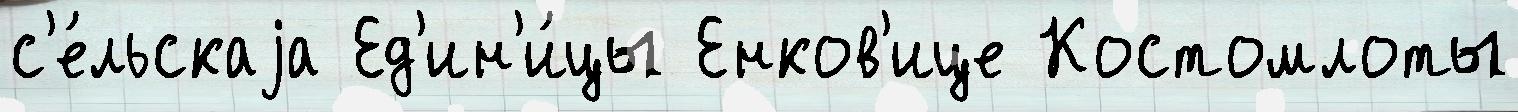
с'е́льскаjа Ед'ин'и́цы Енков'ице Костомлоты